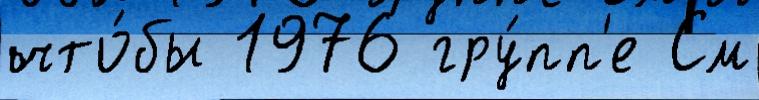
что́бы 1976 гру́пп'е См